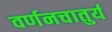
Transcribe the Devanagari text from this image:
वर्णनचातुर्य